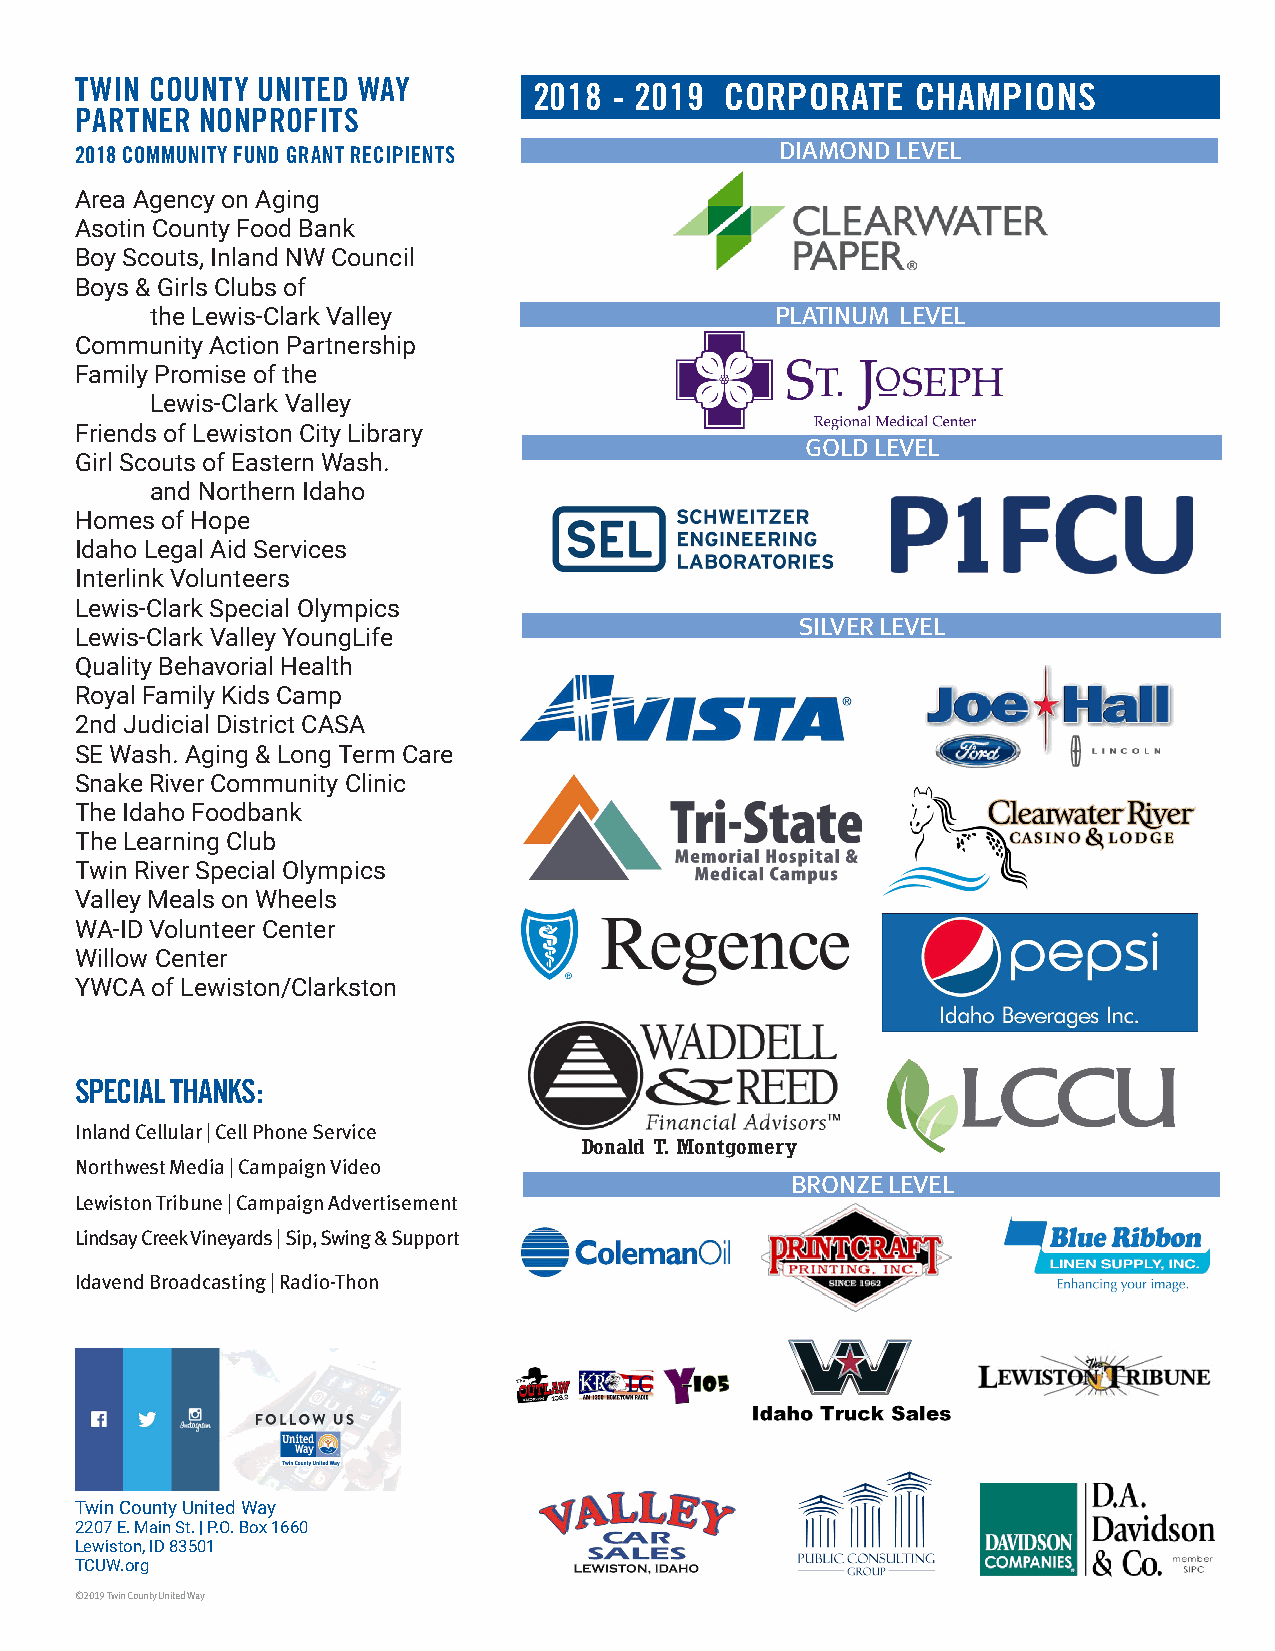
TWIN COUNTY UNITED WAY        2018  - 2019 CORPORATE    CHAMPIONS
 PARTNER NONPROFITS
 2018 COMMUNITY FUND GRANT RECIPIENTS           DIAMOND LEVEL
 Area Agency on Aging
 Asotin County Food Bank
 Boy Scouts, Inland NW Council
 Boys & Girls Clubs of
 the Lewis-Clark Valley                   PLATINUM LEVEL
 Community Action Partnership
 Family Promise of the
 Lewis-Clark Valley
 Friends of Lewiston City Library
 GOLD LEVEL
 Girl Scouts of Eastern Wash.
 and Northern Idaho
 Homes of Hope
 Idaho Legal Aid Services
 Interlink Volunteers
 Lewis-Clark Special Olympics
 SILVER LEVEL
 Lewis-Clark Valley YoungLife
 Quality Behavorial Health
 Royal Family Kids Camp
 2nd Judicial District CASA
 SE Wash. Aging & Long Term Care
 Snake River Community Clinic
 The Idaho Foodbank
 The Learning Club
 Twin River Special Olympics
 Valley Meals on Wheels
 WA-ID Volunteer Center
 Willow Center
 YWCA of Lewiston/Clarkston
 SPECIAL THANKS:
 Inland Cellular | Cell Phone Service
 Donald T. Montgomery
 Northwest Media | Campaign Video
 BRONZE LEVEL
 Lewiston Tribune | Campaign Advertisement
 Lindsay Creek Vineyards | Sip, Swing & Support
 Idavend Broadcasting | Radio-Thon
 Twin County United Way
 2207 E. Main St. | P.O. Box 1660
 Lewiston, ID 83501
 TCUW.org
 ©2019 Twin County United Way